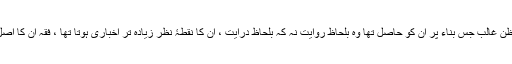
مزید برآں یہ کہ ظنِ غالب جس بناء پر ان کو حاصل تھا وہ بلحاظ روایت نہ کہ بلحاظ درایت ، ان کا نقطۂ نظر زیادہ تر اخباری ہوتا تھا ، فقہ ان کا اصل موضوع نہ تھا۔